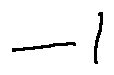
- l